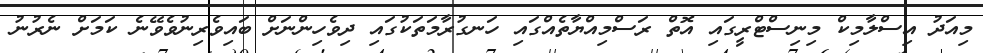
މިއަދު އިސްލާމިކް މިނިސްޓްރީގައި އޮތް ރަސްމިއްޔާތެއްގައި ހަނގުރާމަތަކުގައި ދިވެހިންނަށް ބައިވެރިނުވެވޭނެ ކަމަށް ނެރުނު